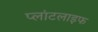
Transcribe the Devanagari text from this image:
प्लांटलाइफ